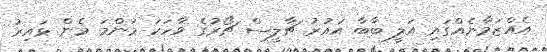
އެއްޒަމާނެއްގައި އަލީ ބާބާ އައުރު ޗާލީސް ޗޯރުގެ ވާހަކަ މަންމަ މެން ޅައިރު